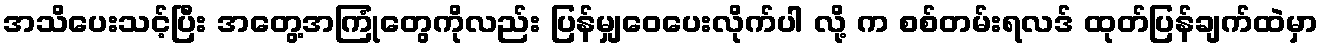
အသိပေးသင့်ပြီး အတွေ့အကြုံတွေကိုလည်း ပြန်မျှဝေပေးလိုက်ပါ လို့ က စစ်တမ်းရလဒ် ထုတ်ပြန်ချက်ထဲမှာ